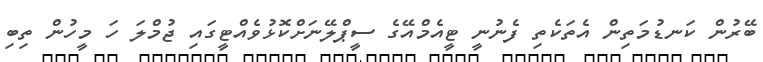
ބޭރުން ކަނޑުމަތިން އެތަކެތި ފެނުނީ ޓީއެމްއޭގެ ސީޕްލޭނަށްކޮޅުވެއްޓީގައި ޖުމްލަ ހަ މީހުން ތިބި